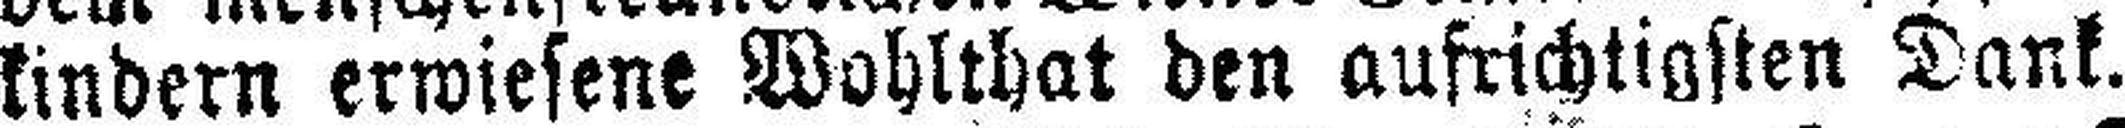
kindern erwiesene Wohlthat den aufrichtigsten Dank.